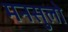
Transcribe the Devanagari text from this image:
मनसुलो